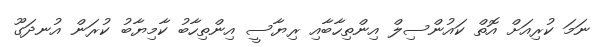
ނަމަ ކުރިއަށް އޮތް ކައުންސިލް އިންތިހާބާއި ރިޔާސީ އިންތިހާބު ކާމިޔާބު ކުރަން އުނދަގޫ